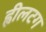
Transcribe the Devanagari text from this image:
ह्वीलटग